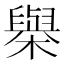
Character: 𣝑